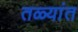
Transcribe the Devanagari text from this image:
तळ्यांत